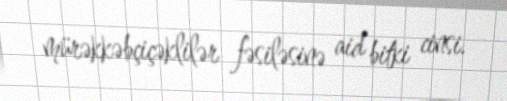
mürəkkəbçiçəklilər fəsiləsinə aid bitki cinsi.